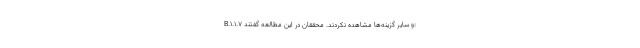
B.۱.۱.۷ و سایر گزینه‌ها مشاهده نکردند. محققان در این مطالعه گفتند: